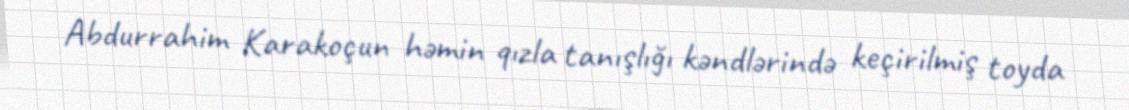
Abdurrahim Karakoçun həmin qızla tanışlığı kəndlərində keçirilmiş toyda